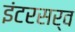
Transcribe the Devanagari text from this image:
इंटरसर्व